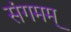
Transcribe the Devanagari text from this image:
संगमम्